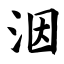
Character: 洇